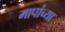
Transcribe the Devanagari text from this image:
मापांच्या